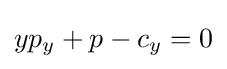
yp_{y}+p-c_{y}=0